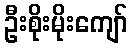
ဦးစိုးမိုးကျော်